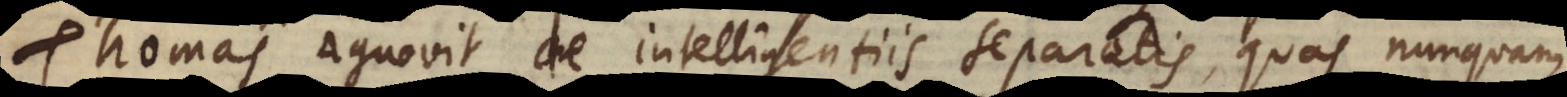
Thomas agnovit de intelligentiis separatis, quas nunquam